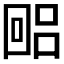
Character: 𫭐